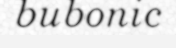
bubonic